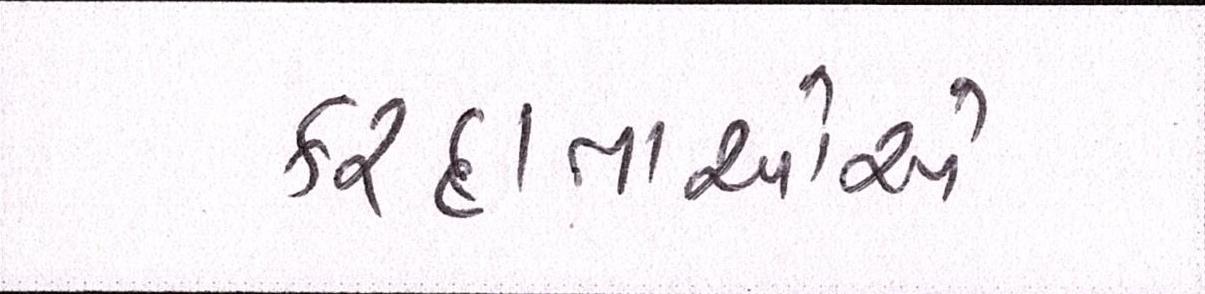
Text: કરદાતાઓએ